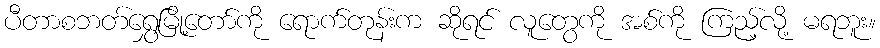
ပီတာစဘတ်ရွှေမြို့တော်ကို ရောက်တုန်းက ဆိုရင် လူတွေကို အစ်ကို ကြည့်လို့ မရဘူး။